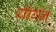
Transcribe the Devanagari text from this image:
यॉर्गन